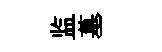
监墓